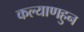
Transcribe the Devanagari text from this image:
कल्याणहुन